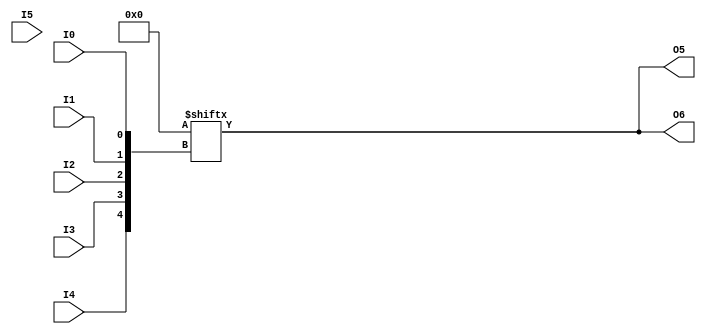
module X_LUT6_2 (O5, O6, I0, I1, I2, I3, I4, I5);

  parameter INIT = 64'h0000000000000000;
  parameter LOC = "UNPLACED";

  input I0, I1, I2, I3, I4, I5;

  output O5, O6;

  reg [63:0] init_reg = INIT;
  reg [31:0] init_l, init_h;
  reg O_l, O_h, tmp;
  reg O5_o, O6_o;
  wire I0_i, I1_i, I2_i, I3_i, I4_i, I5_i;
  
  buf bo5 (O5, O5_o);
  buf bo6 (O6, O6_o);
  buf bi0 (I0_i, I0);
  buf bi1 (I1_i, I1);
  buf bi2 (I2_i, I2);
  buf bi3 (I3_i, I3);
  buf bi4 (I4_i, I4);
  buf bi5 (I5_i, I5);

  initial begin
     init_l = init_reg[31:0];
     init_h = init_reg[63:32];
  end

  always @(I5_i or O_l or O_h) begin
    O5_o = O_l;
    if (I5_i == 1)
      O6_o = O_h;
    else if (I5_i == 0)
      O6_o = O_l;
    else begin
      if (O_h == 0 && O_l == 0)
         O6_o = 1'b0;
      else if (O_h == 1 && O_l == 1)
         O6_o = 1'b1;
      else
         O6_o = 1'bx;
      end
   end
   

  always @( I4_i or I3_i or  I2_i or  I1_i or  I0_i )  begin
    tmp =  I0_i ^ I1_i  ^ I2_i ^ I3_i ^ I4_i;
    if ( tmp == 0 || tmp == 1) begin
        O_l = init_l[{I4_i, I3_i, I2_i, I1_i, I0_i}];
        O_h = init_h[{I4_i, I3_i, I2_i, I1_i, I0_i}];
    end
    else begin
      O_l =  lut4_mux4 ( 
                        { lut6_mux8 ( init_l[31:24], {I2_i, I1_i, I0_i}),
                          lut6_mux8 ( init_l[23:16], {I2_i, I1_i, I0_i}),
                          lut6_mux8 ( init_l[15:8], {I2_i, I1_i, I0_i}),
                          lut6_mux8 ( init_l[7:0], {I2_i, I1_i, I0_i}) }, { I4_i, I3_i});

      O_h =  lut4_mux4 ( 
                        { lut6_mux8 ( init_h[31:24], {I2_i, I1_i, I0_i}),
                          lut6_mux8 ( init_h[23:16], {I2_i, I1_i, I0_i}),
                          lut6_mux8 ( init_h[15:8], {I2_i, I1_i, I0_i}),
                          lut6_mux8 ( init_h[7:0], {I2_i, I1_i, I0_i}) }, { I4_i, I3_i});
     end
    end

  specify

        (I0 => O5) = (0:0:0, 0:0:0);
        (I1 => O5) = (0:0:0, 0:0:0);
        (I2 => O5) = (0:0:0, 0:0:0);
        (I3 => O5) = (0:0:0, 0:0:0);
        (I4 => O5) = (0:0:0, 0:0:0);
        (I5 => O5) = (0:0:0, 0:0:0);
        (I0 => O6) = (0:0:0, 0:0:0);
        (I1 => O6) = (0:0:0, 0:0:0);
        (I2 => O6) = (0:0:0, 0:0:0);
        (I3 => O6) = (0:0:0, 0:0:0);
        (I4 => O6) = (0:0:0, 0:0:0);
        (I5 => O6) = (0:0:0, 0:0:0);
        specparam PATHPULSE$ = 0;

  endspecify


  function lut6_mux8;
  input [7:0] d;
  input [2:0] s;
   
  begin

       if ((s[2]^s[1]^s[0] ==1) || (s[2]^s[1]^s[0] ==0))
           
           lut6_mux8 = d[s];

         else
           if ( ~(|d))
                 lut6_mux8 = 1'b0;
           else if ((&d))
                 lut6_mux8 = 1'b1;
           else if (((s[1]^s[0] ==1'b1) || (s[1]^s[0] ==1'b0)) && (d[{1'b0,s[1:0]}]===d[{1'b1,s[1:0]}]))
                 lut6_mux8 = d[{1'b0,s[1:0]}];
           else if (((s[2]^s[0] ==1) || (s[2]^s[0] ==0)) && (d[{s[2],1'b0,s[0]}]===d[{s[2],1'b1,s[0]}]))
                 lut6_mux8 = d[{s[2],1'b0,s[0]}];
           else if (((s[2]^s[1] ==1) || (s[2]^s[1] ==0)) && (d[{s[2],s[1],1'b0}]===d[{s[2],s[1],1'b1}]))
                 lut6_mux8 = d[{s[2],s[1],1'b0}];
           else if (((s[0] ==1) || (s[0] ==0)) && (d[{1'b0,1'b0,s[0]}]===d[{1'b0,1'b1,s[0]}]) &&
              (d[{1'b0,1'b0,s[0]}]===d[{1'b1,1'b0,s[0]}]) && (d[{1'b0,1'b0,s[0]}]===d[{1'b1,1'b1,s[0]}]))
                 lut6_mux8 = d[{1'b0,1'b0,s[0]}];
           else if (((s[1] ==1) || (s[1] ==0)) && (d[{1'b0,s[1],1'b0}]===d[{1'b0,s[1],1'b1}]) &&
              (d[{1'b0,s[1],1'b0}]===d[{1'b1,s[1],1'b0}]) && (d[{1'b0,s[1],1'b0}]===d[{1'b1,s[1],1'b1}]))
                 lut6_mux8 = d[{1'b0,s[1],1'b0}];
           else if (((s[2] ==1) || (s[2] ==0)) && (d[{s[2],1'b0,1'b0}]===d[{s[2],1'b0,1'b1}]) &&
              (d[{s[2],1'b0,1'b0}]===d[{s[2],1'b1,1'b0}]) && (d[{s[2],1'b0,1'b0}]===d[{s[2],1'b1,1'b1}]))
                 lut6_mux8 = d[{s[2],1'b0,1'b0}];
           else
                 lut6_mux8 = 1'bx;
   end
  endfunction


  function lut4_mux4;
  input [3:0] d;
  input [1:0] s;
   
  begin

       if ((s[1]^s[0] ==1) || (s[1]^s[0] ==0))

           lut4_mux4 = d[s];

         else if ((d[0] === d[1]) && (d[2] === d[3])  && (d[0] === d[2]) )
           lut4_mux4 = d[0];
         else if ((s[1] == 0) && (d[0] === d[1]))
           lut4_mux4 = d[0];
         else if ((s[1] == 1) && (d[2] === d[3]))
           lut4_mux4 = d[2];
         else if ((s[0] == 0) && (d[0] === d[2]))
           lut4_mux4 = d[0];
         else if ((s[0] == 1) && (d[1] === d[3]))
           lut4_mux4 = d[1];
         else
           lut4_mux4 = 1'bx;

   end
  endfunction

endmodule